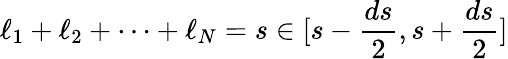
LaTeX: \ell_{1}+\ell_{2}+\dots+\ell_{N}=s\in[s-\frac{ds}{2},s+\frac{ds}{2}]